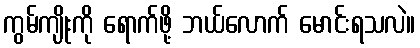
ကွမ်ကျိုးကို ရောက်ဖို့ ဘယ်လောက် မောင်းရသလဲ။